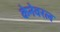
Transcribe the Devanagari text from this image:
केनेवरल